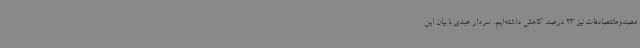
مصدومانتصادفات نیز 23 درصد کاهش داشته‌ایم. سردار عبدی با بیان این